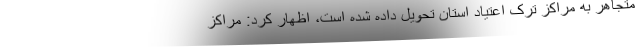
متجاهر به مراکز ترک اعتیاد استان تحویل داده شده است، اظهار کرد: مراکز